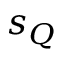
s _ { Q }